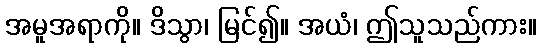
အမူအရာကို။ ဒိသွာ၊ မြင်၍။ အယံ၊ ဤသူသည်ကား။